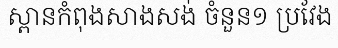
ស្ពានកំពុងសាងសង់ ចំនួន១ ប្រវែង